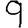
Digit: 9